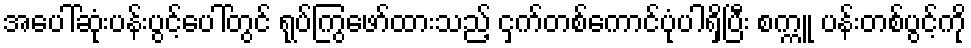
အပေါ်ဆုံးပန်းပွင့်ပေါ်တွင် ရုပ်ကြွဖော်ထားသည့် ငှက်တစ်ကောင်ပုံပါရှိပြီး စက္ကူ ပန်းတစ်ပွင့်ကို